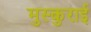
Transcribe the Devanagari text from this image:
मुस्कुराई